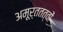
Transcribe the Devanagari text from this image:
अमूर्ततत्वों